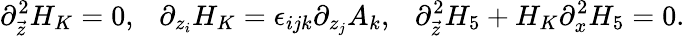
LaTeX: \partial_{\vec{z}}^{2}H_{K}=0,\ \ \ \partial_{z_{i}}H_{K}=\epsilon_{ijk}\partial_{z_{j}}A_{k},\ \ \ \partial_{\vec{z}}^{2}H_{5}+H_{K}\partial_{x}^{2}H_{5}=0.